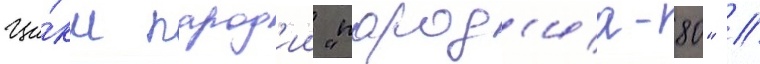
Ци́кл парод'ии "парод'иа-80" /